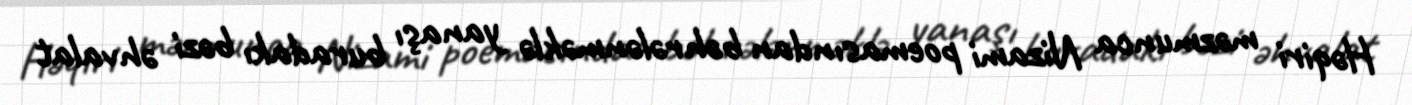
Həqiri məzmunca Nizami poemasından bəhrələnməklə yanaşı buradakı bəzi əhvalat